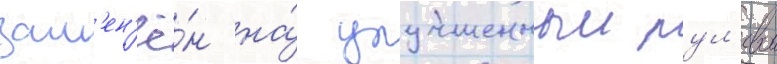
зам'ен'ё́н на́ улучшенныи рул'евои